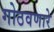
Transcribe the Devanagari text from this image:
गोठवणारे